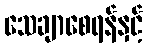
သေချာစေရန်နှင့်